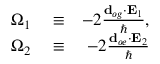
\begin{array} { r l r } { \Omega _ { 1 } } & { { } \equiv } & { - 2 \frac { \mathbf { d } _ { o g } \mathbf { \cdot E } _ { 1 } } { \hbar } , } \\ { \Omega _ { 2 } } & { { } \equiv } & { - 2 \frac { \mathbf { d } _ { o e } \mathbf { \cdot E } _ { 2 } } { \hbar } } \end{array}